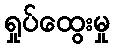
ရှုပ်ထွေးမှု